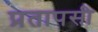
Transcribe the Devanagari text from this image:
प्रतापसी